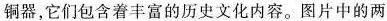
铜器，它们包含着丰富的历史文化内容。图片中的两